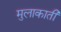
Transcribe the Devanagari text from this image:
मुलाकाती